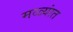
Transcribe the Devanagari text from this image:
मळ्यांत